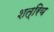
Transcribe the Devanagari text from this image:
शत्रिय